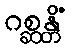
ဂစ္ဆန္တိံ